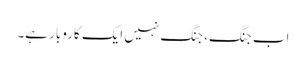
اب جنگ، جنگ نہیں ایک کاروبار ہے۔